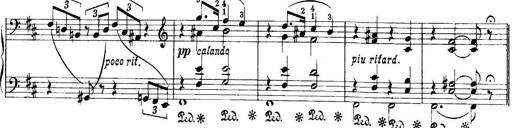
Title: Quatres sonatines
Composer: Tadeusz Joteyko